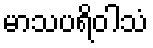
မာသပရိဝါသံ